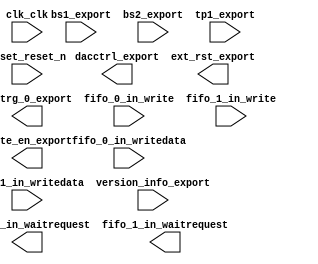

module TestRO (
	bs1_export,
	bs2_export,
	clk_clk,
	dacctrl_export,
	ext_rst_export,
	exttrg_0_export,
	fifo_0_in_writedata,
	fifo_0_in_write,
	fifo_0_in_waitrequest,
	fifo_1_in_writedata,
	fifo_1_in_write,
	fifo_1_in_waitrequest,
	reset_reset_n,
	version_info_export,
	write_en_export,
	tp1_export);	

	input	[13:0]	bs1_export;
	input	[13:0]	bs2_export;
	input		clk_clk;
	output	[31:0]	dacctrl_export;
	output		ext_rst_export;
	output		exttrg_0_export;
	input	[31:0]	fifo_0_in_writedata;
	input		fifo_0_in_write;
	output		fifo_0_in_waitrequest;
	input	[31:0]	fifo_1_in_writedata;
	input		fifo_1_in_write;
	output		fifo_1_in_waitrequest;
	input		reset_reset_n;
	input	[31:0]	version_info_export;
	output		write_en_export;
	input	[13:0]	tp1_export;
endmodule